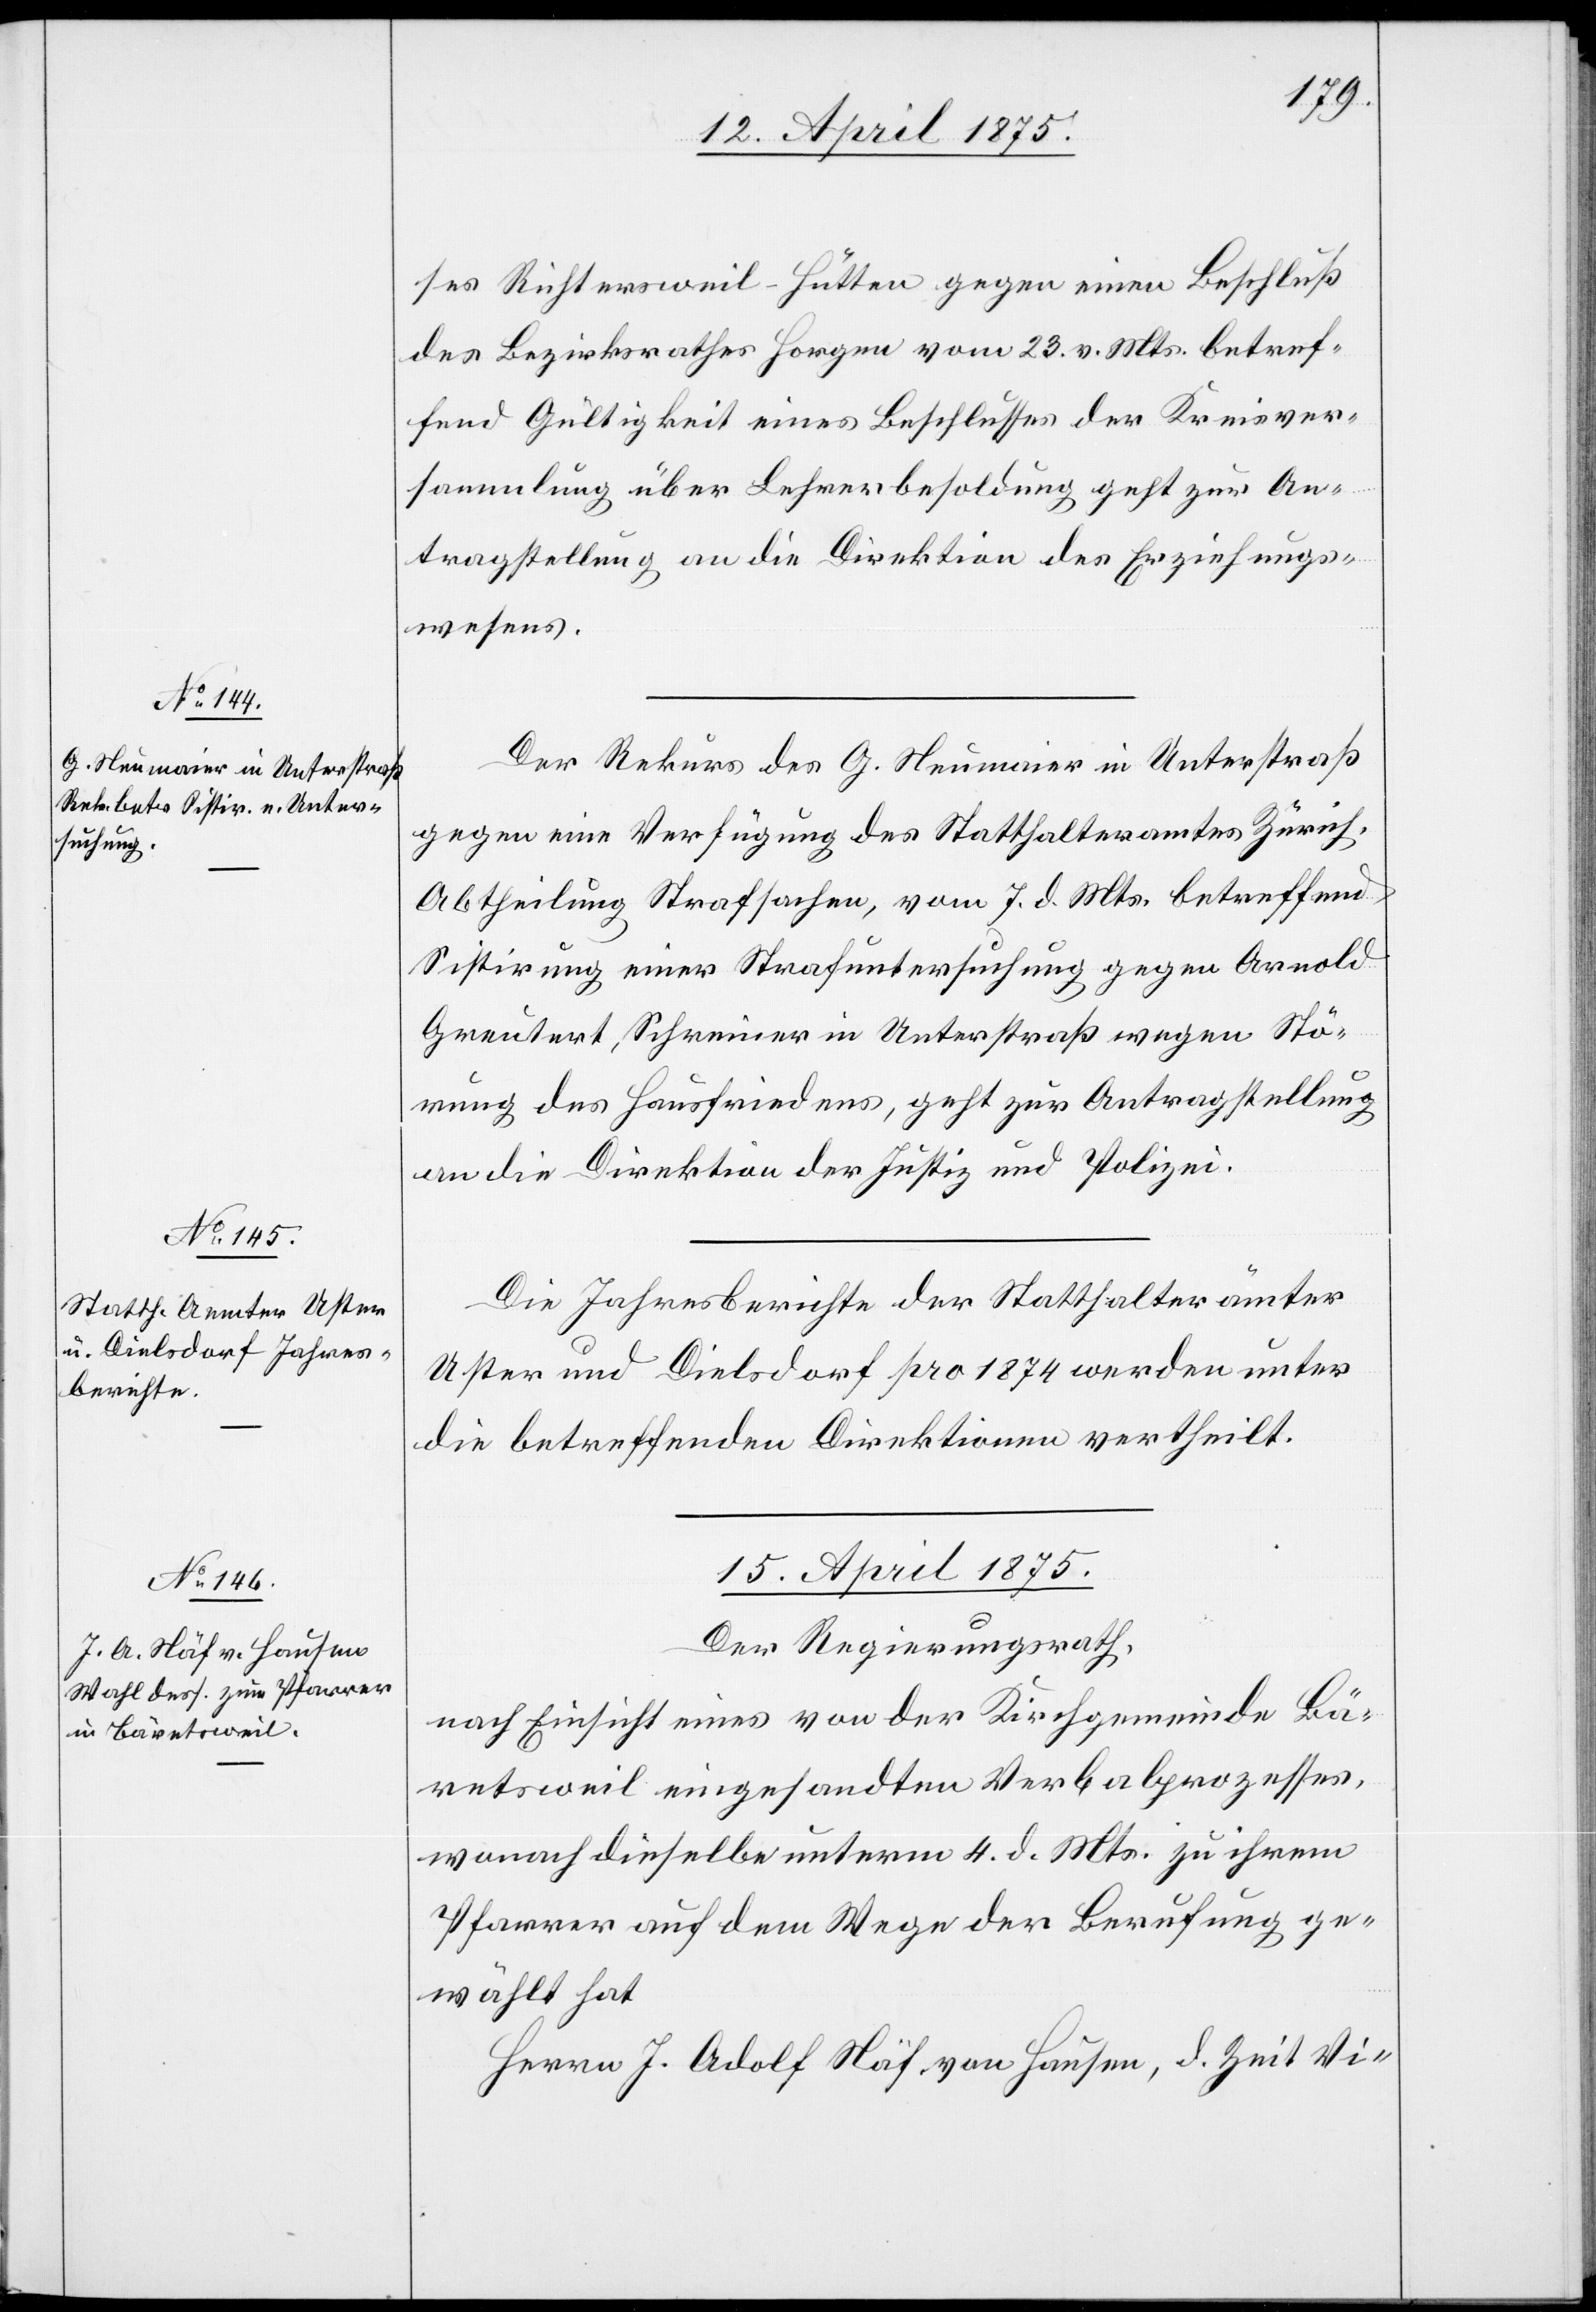
14. April 1875.]
ses Richterswil-Hütten gegen einen Beschluß
des Bezirksrathes Horgen vom 23. v. Mts. betref¬
fend Gültigkeit eines Beschlusses der Kreisver¬
sammlung über Lehrerbesoldung geht zur An¬
tragstellung an die Direktion des Erziehungs¬
wesens.
Der Rekurs des G. Neumaier in Unterstraß
gegen eine Verfügung des Statthalteramtes Zürich,
Abtheilung Strafsachen, vom 7. d. Mts. betreffend
Sistirung einer Strafuntersuchung gegen Arnold
Greutert, Schreiner in Unterstraß wegen Stö¬
rung des Hausfriedens, geht zur Antragstellung
an die Direktion der Justiz und Polizei.
Die Jahresberichte der Statthalterämter
Uster und Dielsdorf pro 1874 werden unter
die betreffenden Direktionen vertheilt.
15. April 1875.
Der Regierungsrath,
nach Einsicht eines von der Kirchgemeinde Bä¬
retsweil eingesandten Verbalprozesses,
wonach dieselbe unterm 4. d. Mts. zu ihrem
Pfarrer auf dem Wege der Berufung ge¬
wählt hat
Herrn J. Adolf Näf von Hausen, d. Zeit Vi-